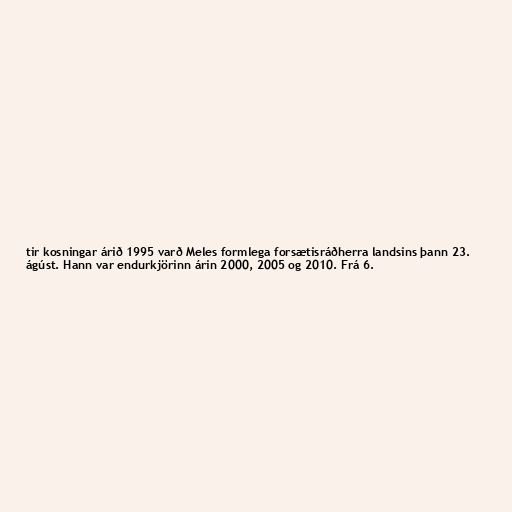
tir kosningar árið 1995 varð Meles formlega forsætisráðherra landsins þann 23.
ágúst. Hann var endurkjörinn árin 2000, 2005 og 2010. Frá 6.